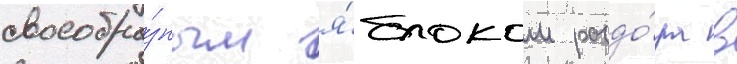
своеобра́зным я́блоком раздо́ра в